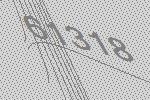
61318